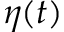
\eta ( t )